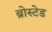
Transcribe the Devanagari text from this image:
ब्रोस्टेड